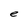
Character: e